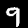
Digit: 9